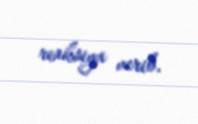
reaksiya verib.